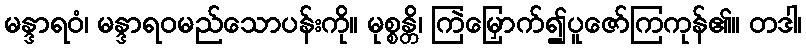
မန္ဒာရဝံ၊ မန္ဒာရဝမည်သောပန်းကို။ မုစ္စန္တိ၊ ကြဲမြှောက်၍ပူဇော်ကြကုန်၏။ တဒါ၊